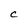
Character: C